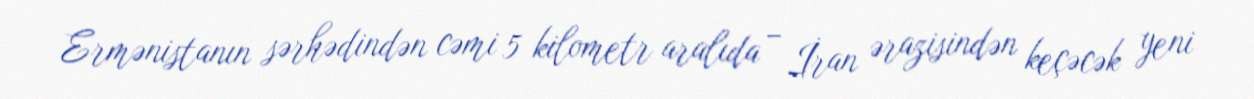
Ermənistanın sərhədindən cəmi 5 kilometr aralıda – İran ərazisindən keçəcək yeni